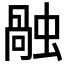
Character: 𧎏